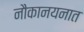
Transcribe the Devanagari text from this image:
नौकानयनात